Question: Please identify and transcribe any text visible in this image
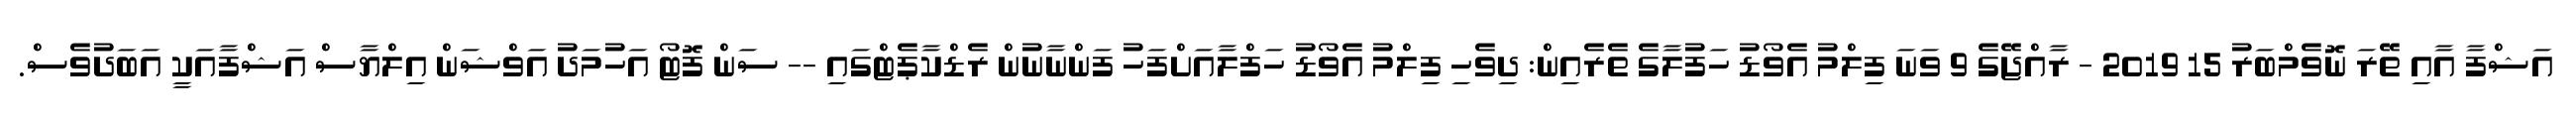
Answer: އަޝްފާ އާއި ތޭރަ ނޮވެމްބަރު 15 2019 - ރާއްޖޭގެ 9 ވަނަ ފިލްމު އެވޯޑު ހަފުލާގެ ތެރެއިން: ދިވެހި ފިލްމު އެވޯޑު ހަފްލާއަށްފަހު ފަންނާނުން ރެޑްކާޕެޓްގައި -- ސަން ފޮޓޯ އަހުމަދު އަވްޝަން އިލްޔާސް އަޝްފާއަކީ އަބަދުވެސް.